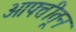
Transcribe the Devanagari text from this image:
आपत्तीतून